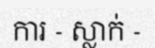
ការ - ស្លាក់ -